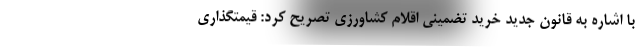
با اشاره به قانون جدید خرید تضمینی اقلام کشاورزی تصریح کرد: قیمتگذاری